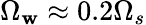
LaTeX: \Omega_{\mathbf{w}}\approx0.2\Omega_{s}